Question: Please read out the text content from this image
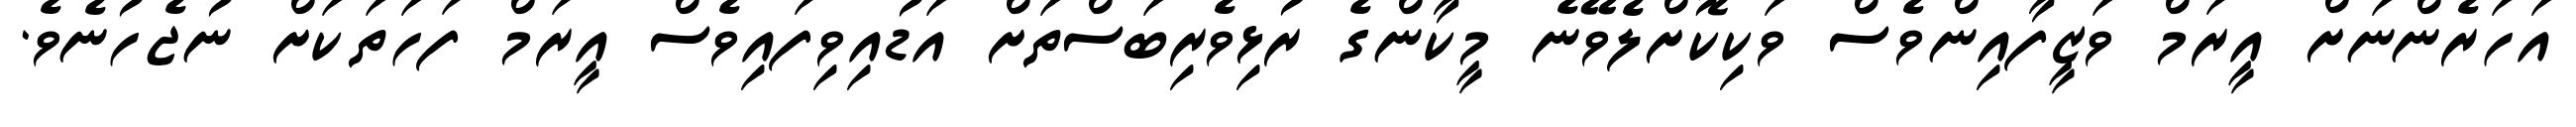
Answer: އަހަރެންނަށް އީރަމް ވަޒީފާއިންވެސް ވަކިކޮށްލެވޭނެ މީކާންގެ ރުޅިވެރިބަސްތަށް އަޑުއިވިފައިވެސް އީރަމް ފަހަތަކަށް ނުޖެހުނެވެ.